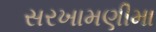
સરખામણીમા